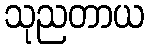
သုညတာယ